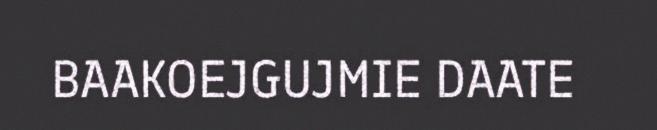
BAAKOEJGUJMIE DAATE